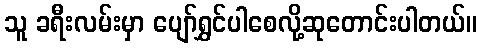
သူ ခရီးလမ်းမှာ ပျော်ရွှင်ပါစေလို့ဆုတောင်းပါတယ်။